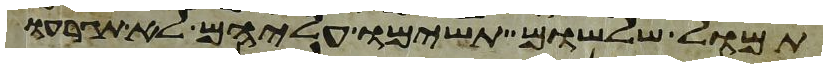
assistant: תמול שלשום תשימו עליהם לא תגרעו